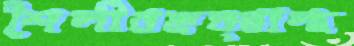
শৈলীরহৃত্স্বাস্থ